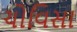
ચોવિસા